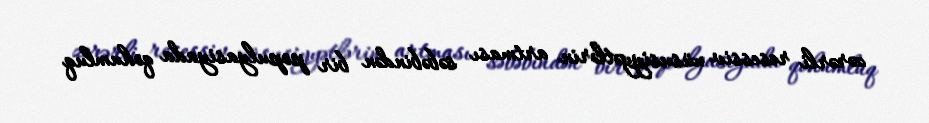
zərərli resessiv xüsusiyyətlərin artması səbəbindən bir populyasiyada qohumluq